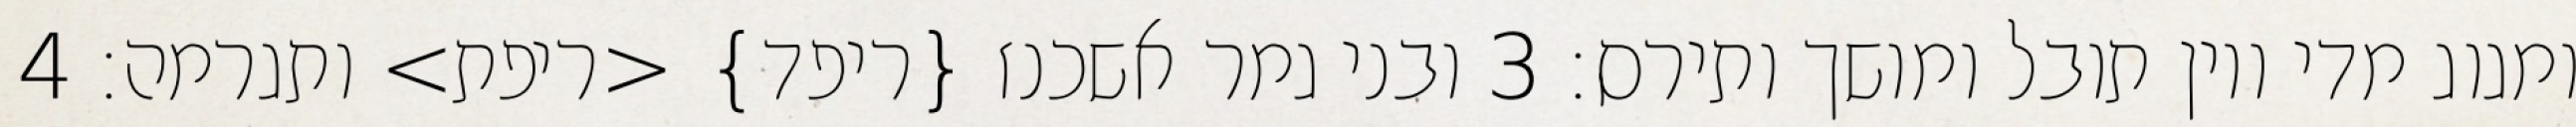
ומגוג מדי ויון תובל ומושך ותירס׃ ‎3‏ ובני גמר אשכנז {ריפד} <ריפת> ותגרמה׃ ‎4‏